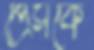
প্রেসকে